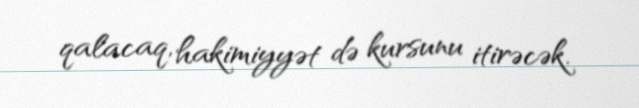
qalacaq, hakimiyyət də kursunu itirəcək.